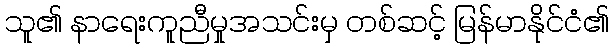
သူ၏ နာရေးကူညီမှုအသင်းမှ တစ်ဆင့် မြန်မာနိုင်ငံ၏